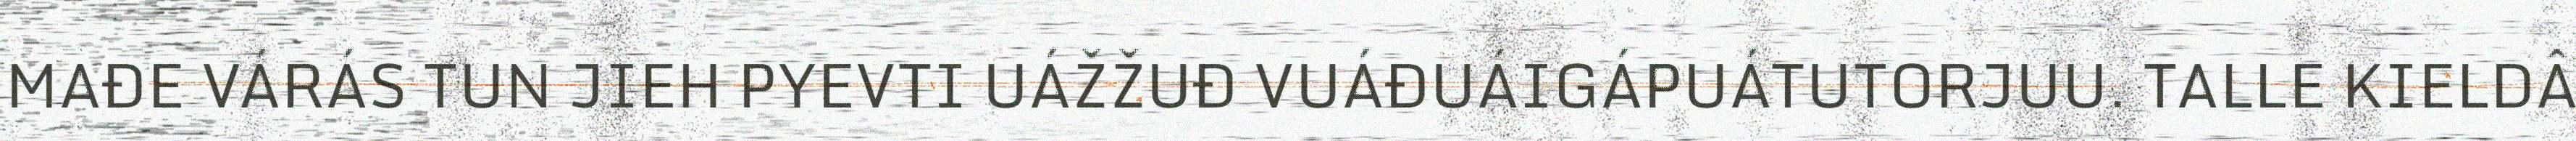
MAĐE VÁRÁS TUN JIEH PYEVTI UÁŽŽUĐ VUÁĐUÁIGÁPUÁTUTORJUU. TALLE KIELDÂ